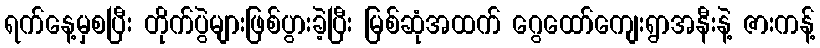
ရက်နေ့မှစပြီး တိုက်ပွဲများဖြစ်ပွားခဲ့ပြီး မြစ်ဆုံအထက် ဂွေထော်ကျေးရွာအနီးနဲ့ ဇားကန့်